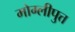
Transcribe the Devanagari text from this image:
मोग्लीपुत्त